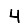
Digit: 4